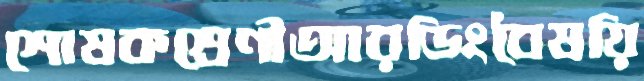
শোষকশ্রেণীআরডিংবৈষয়ি